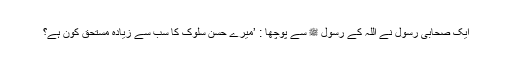
ایک صحابی رسول نے اللہ کے رسول ﷺ سے پوچھا : ’میرے حسن سلوک کا سب سے زیادہ مستحق کون ہے؟